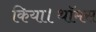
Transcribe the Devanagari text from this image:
किया।थॉमस